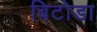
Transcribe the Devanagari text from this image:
बिटोडा